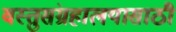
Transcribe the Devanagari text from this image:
वस्तुसंग्रहालयासाठी